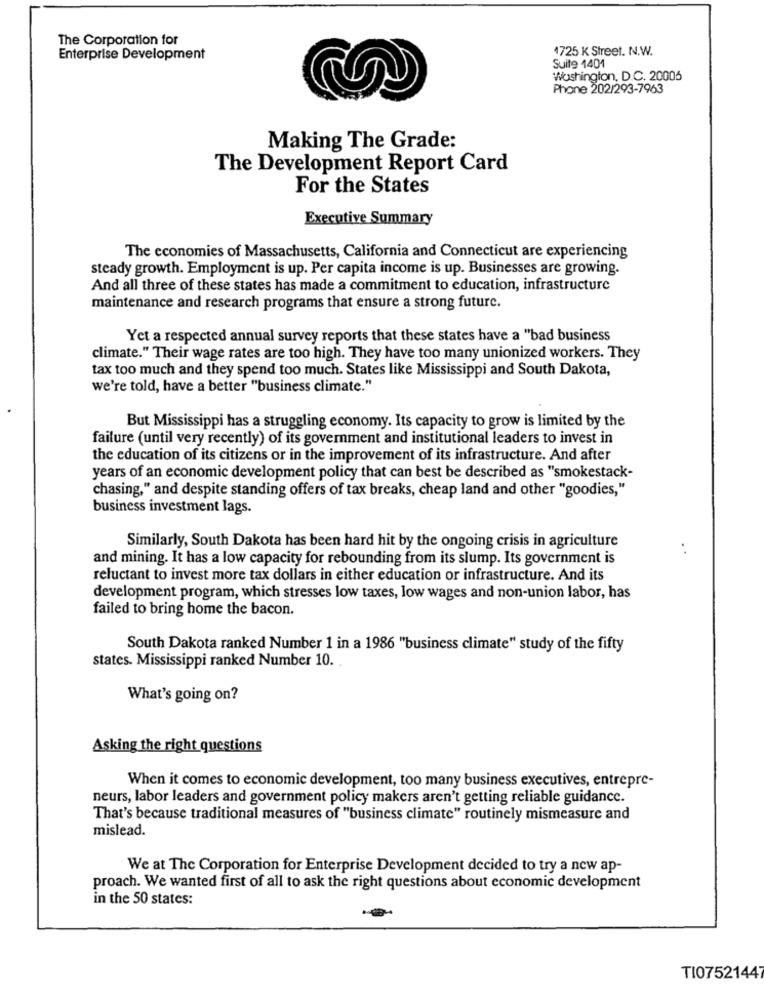
The Corporation for
4725 K Street. N.W.
Enterprise Development
Suite 1401
Washington, D.C. 20005
Phone 202/293-7963
Making The Grade:
The Development Report Card
For the States
Executive Summary
The economies of Massachusetts, California and Connecticut are experiencing
steady growth. Employment is up. Per capita income is up. Businesses are growing.
And all three of these states has made a commitment to education, infrastructure
maintenance and research programs that ensure a strong future.
Yet a respected annual survey reports that these states have a "bad business
climate." Their wage rates are too high. They have too many unionized workers. They
tax too much and they spend too much. States like Mississippi and South Dakota,
we're told, have a better "business climate."
But Mississippi has a struggling economy. Its capacity to grow is limited by the
failure (until very recently) of its government and institutional leaders to invest in
the education of its citizens or in the improvement of its infrastructure. And after
years of an economic development policy that can best be described as "smokestack-
chasing," and despite standing offers of tax breaks, cheap land and other "goodies,"
business investment lags.
Similarly, South Dakota has been hard hit by the ongoing crisis in agriculture
..
and mining. It has a low capacity for rebounding from its slump. Its government is
reluctant to invest more tax dollars in either education or infrastructure. And its
development program, which stresses low taxes, low wages and non-union labor, has
failed to bring home the bacon.
South Dakota ranked Number 1 in a 1986 "business climate" study of the fifty
states. Mississippi ranked Number 10. .
What's going on?
Asking the right questions
When it comes to economic development, too many business executives, entrepre-
neurs, labor leaders and government policy makers aren't getting reliable guidance.
That's because traditional measures of "business climate" routinely mismeasure and
mislead.
We at The Corporation for Enterprise Development decided to try a new ap-
proach. We wanted first of all to ask the right questions about economic development
in the 50 states:
TI07521447